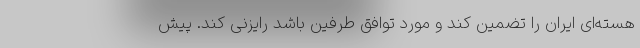
هسته‌ای ایران را تضمین کند و مورد توافق طرفین باشد رایزنی کند. پیش